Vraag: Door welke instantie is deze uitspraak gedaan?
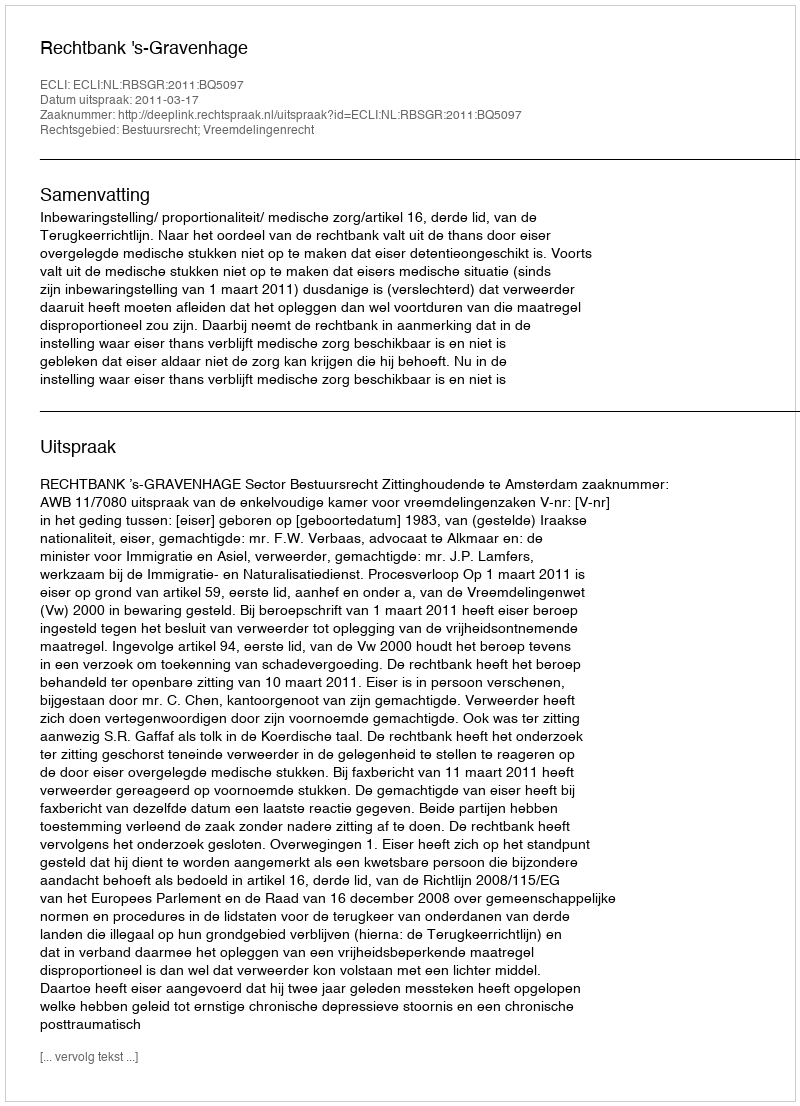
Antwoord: Rechtbank 's-Gravenhage